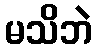
မသိဘဲ